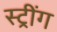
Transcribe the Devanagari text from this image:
स्ट्रींग